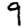
Digit: 9